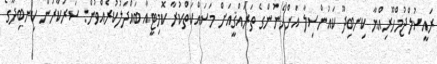
ރައީސުލްޖުމްހޫރިއްޔާ ކިނބިދޫ ކައުންސިލާ އަންހެނުންގެ ތަރައްޤީއަށް މަސައްކަތްކުރާ ކޮމިޓީއާ ބައްދަލުކުރެއްވުން: ސަރުކާރުން ކިނބިދޫގެ